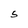
Character: S